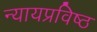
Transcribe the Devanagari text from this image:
न्यायप्रविष्ठ